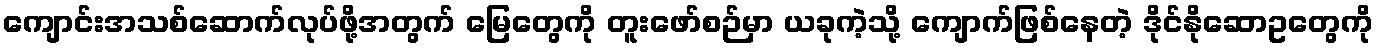
ကျောင်းအသစ်ဆောက်လုပ်ဖို့အတွက် မြေတွေကို တူးဖော်စဉ်မှာ ယခုကဲ့သို့ ကျောက်ဖြစ်နေတဲ့ ဒိုင်နိုဆောဥတွေကို